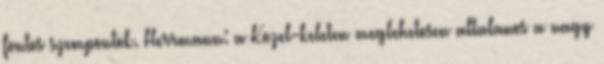
fontos szempontok. Herrmann: a Kozel-keleten meglehetosen altalanos a nagy